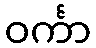
ဝင်္ကာ